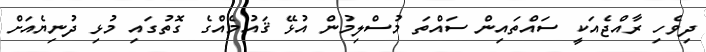
ދިވެހި ރާއްޖެއަކީ ސައްތައިން ސައްތަ މުސްލިމުން އުޅޭ ޤައުމެއްގެ ގޮތުގައި މުޅި ދުނިޔެއަށް